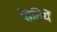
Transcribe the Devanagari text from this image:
रहतियें